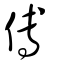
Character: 傅